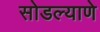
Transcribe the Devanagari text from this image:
सोडल्याणे